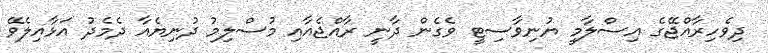
ދިވެހިރާއްޖޭގެ އިސްލާމީ ޔުނިވާސިޓީ ވެގެން ދާނީ ރާއްޖެއާއި މުސްލިމު ދުނިޔެއާ ދެމެދު އަޅާއިލެވޭ